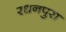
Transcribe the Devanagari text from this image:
रधनपुरा